Civil Veterinary Department. Madras. Admin. report 1910-25 - 1910-1925
Year: 1910
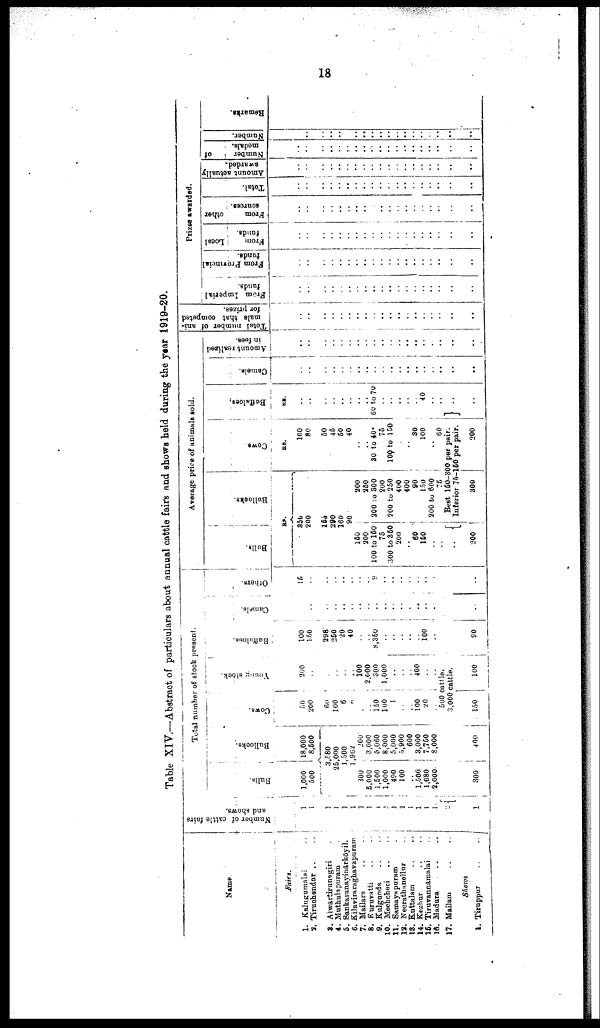
18
Table XIV.—Abstract of particulars about annual cattle fairs and shows held during the year 1919-20.
Name
Fairs.
1. Kalugumalal ..
2. Tiruchendur .. ..
9. Alwartirunagiri .
4. Muthulapuram .
5. Sankaranayinārkōyil.
6. Kilaviraraghavapuram
7. Mailara .. ..
8. Kuruvatti .. ..
9. Kulgunda .. ..
10. Mechcheri .. ..
11. Samayapuram .
12. Neerathanellur ..
13. Kuttalam .. ..
14. Kezhur .. ..
16. Tiruvannamalai ..
16. Madura
..
..
17. Mailam .. ..
Shows
1. Tiruppur
..
..
Number of cattle fairs
and shows.
1
1
1
1
1
1
1
1
1
1
1
1
1
1
1
1-
2
1
Bulls.
1,000
500
Total number of stock present.
Bullocks.
18,000
8,500
3,580
25,000
1,500
1,962
300
5,000
1,500
i 1,000
490
100
..
1,500
1,080
2,000
300
200
3,000
5,060
8,000
5,000
5,900
600
3,000
7,750
8,000
400
Cows.
50
200
60
100
6
6
..
150
100
1
..
..
100
20
. .
Young stock.
200
..
..
..
..
..
100
2,000
300
1,000
..
..
..
400
..
..
500 cattle.
3,000 cattle.
150
100
Buffaloes.
100
150
298
260
20
40
..
..
8,350
..
..
..
..
..
100
..
90
Camels.
..
..
..
..
..
..
..
..
..
..
..
..
.
..
..
..
..
Others.
15
..
..
..
..
..
..
..
9
..
..
..
..
..
..
..
..
Bulls.
Average price of animals sold.
Bullocks.
RS.
350
200
155
290
160
90
160
200
100 to 150
75
300 to 350
200
60
160
200
250
200 to 300
200
200 to 250
400
400
90
150
200 to 600
76
Cows
RS.
100
80
50
45
50
40
30 to 40*
75
100 to 150
30
100
..
60
Buffaloes.
RS.
..
..
..
..
..
..
60 to 70
..
..
..
..
..
40
..
..
Best 150-300 per pair.
Inferior 75-150 per pair.
200 |
300
200
..
Camels.
..
..
..
..
..
..
..
..
..
..
..
..
..
..
..
..
..
..
..
..
Amount realized
in fees.
..
..
..
..
..
..
..
..
..
..
..
..
..
..
..
..
..
..
..
..
Total number of ani
mate that competed
for prizes.
..
..
..
..
..
..
..
..
..
..
..
..
..
..
..
..
..
..
..
..
From Imperial
funds.
..
..
..
..
..
..
..
..
..
..
..
..
..
..
..
..
..
..
..
..
From Provincial
funds.
..
..
..
..
..
..
..
..
..
..
..
..
..
..
..
..
..
..
..
..
Prizes awarded.
From
Local
funds.
..
..
..
..
..
..
..
..
..
..
..
..
..
..
..
..
..
..
..
..
From
other
sources.
..
..
..
..
..
..
..
..
..
..
..
..
..
..
..
..
..
..
..
Total.
..
..
..
..
..
..
..
..
..
..
..
..
..
..
..
..
..
..
..
..
Amount actually
awarded.
..
..
..
..
..
..
..
..
..
..
..
..
..
..
..
..
..
Number
of
medals.
..
..
..
..
..
..
..
..
..
..
..
..
..
..
..
..
..
..
..
..
Number.
..
..
..
..
....
....
..
..
..
..
..
..
..
..
....
..
..
..
..
..
Remarks.
..
..
..